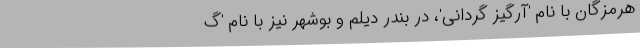
هرمزگان با نام 'آرگیز گردانی'، در بندر دیلم و بوشهر نیز با نام 'گ